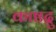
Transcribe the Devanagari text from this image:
काष्ठद्रु